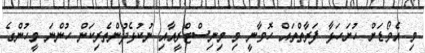
މި އެވޯޑަށް ހުށަހަޅާ ފަރާތްތައް ހޮވާނީ މި މިނިސްޓްރީއާއި ނުކުޅެދުންތެރިކަން ހުންނަ މީހުންގެ